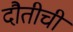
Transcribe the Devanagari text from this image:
दौतीची